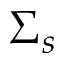
\Sigma _ { s }